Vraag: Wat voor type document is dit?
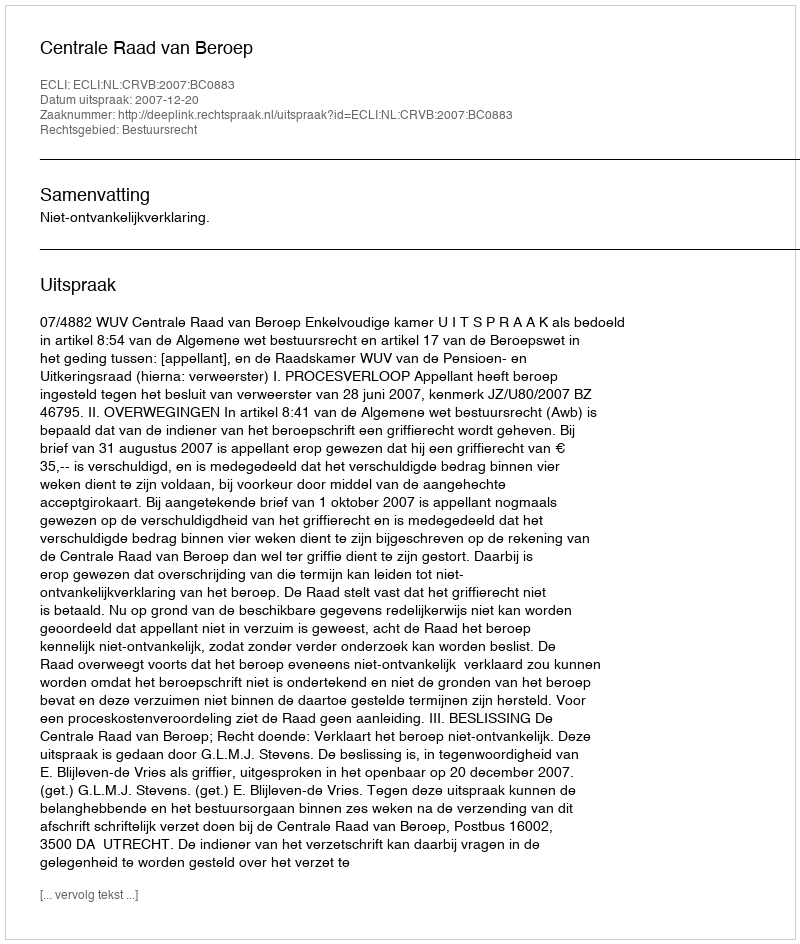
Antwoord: Uitspraak